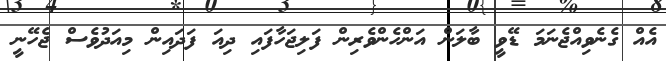
އެއް ގެނެވިއްޖެނަމަ ޑޭވީ ބާލަން އަންހެންވެރިން ފަލިޖަހާފައި ދިއަ ފަދައިން މިއަދުވެސް ޖެހޭނީ